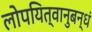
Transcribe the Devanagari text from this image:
लोपयित्वानुबन्धं